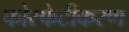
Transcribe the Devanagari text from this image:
फोस्फेटीकरण